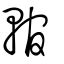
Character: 輨